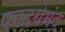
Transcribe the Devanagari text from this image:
फादयेमंद